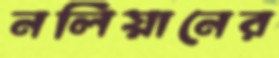
নলিয়ানের